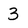
Character: 3